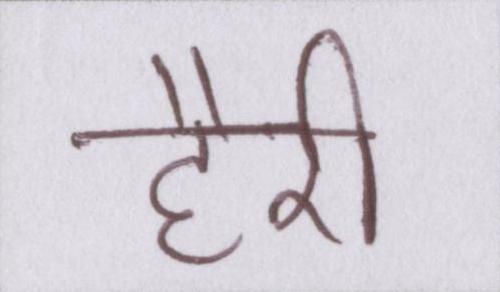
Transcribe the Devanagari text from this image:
हैरी